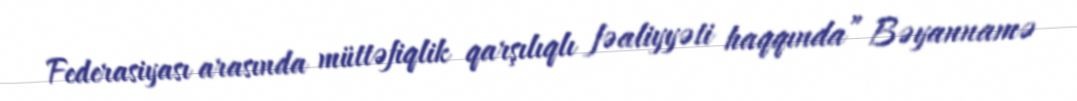
Federasiyası arasında müttəfiqlik qarşılıqlı fəaliyyəti haqqında” Bəyannamə